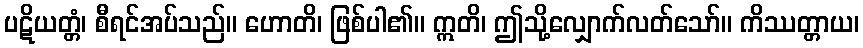
ပဋိယတ္တံ၊ စီရင်အပ်သည်။ ဟောတိ၊ ဖြစ်ပါ၏။ ဣတိ၊ ဤသို့လျှောက်လတ်သော်။ ကိဿတ္တာယ၊